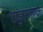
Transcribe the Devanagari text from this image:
पांडुरंगाष्टक